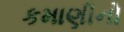
કમાણીનો